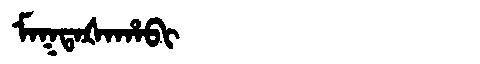
Manchu: ᠮᠠᡴᡨᠠᡧᠠᡥᠠᠪᡳ
Romanization: MAKTAŠAHABI